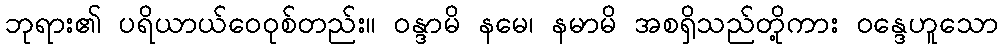
ဘုရား၏ ပရိယာယ်ဝေဝုစ်တည်း။ ဝန္ဒာမိ နမေ၊ နမာမိ အစရှိသည်တို့ကား ဝန္ဒေဟူသော